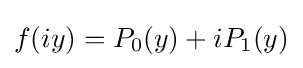
f(iy)=P_{0}(y)+iP_{1}(y)